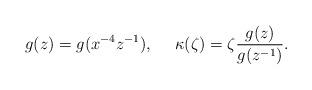
LaTeX: \begin{align*}g(z)=g(x^{-4}z^{-1}), ~~~~ \kappa (\zeta )=\zeta \frac{g(z)}{g(z^{-1})}. \end{align*}